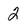
Character: 2